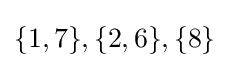
\{1,7\},\{2,6\},\{8\}